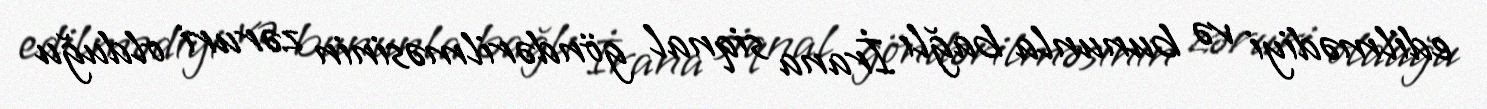
edilmədiyi və bununla bağlı İrana siqnal göndərilməsinin zəruri olduğu